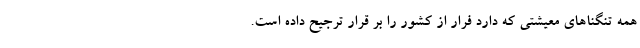
همه تنگناهای معیشتی که دارد فرار از کشور را بر قرار ترجیح داده است.